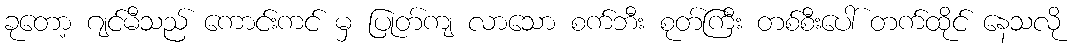
ခုတော့ ဂျင်မီသည် ကောင်းကင် မှ ပြုတ်ကျ လာသော စက်ဘီး စုတ်ကြီး တစ်စီးပေါ် တက်ထိုင် နေသလို